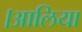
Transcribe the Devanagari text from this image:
।आलिया